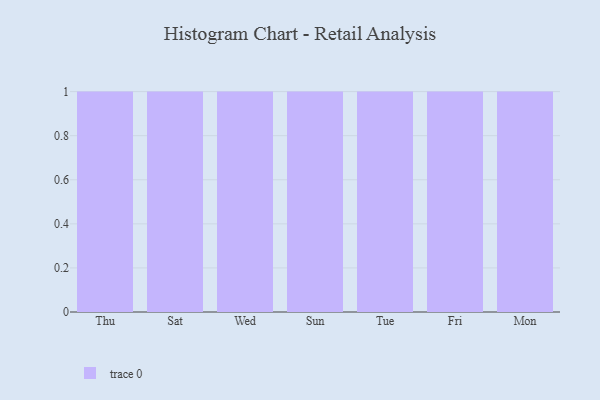
{"axis": {"x": "Day", "y": "Temperature (°C)"}, "legend": [""], "data": [{"x": "Thu", "y": 2, "type": ""}, {"x": "Sat", "y": 23, "type": ""}, {"x": "Wed", "y": 73, "type": ""}, {"x": "Sun", "y": 31, "type": ""}, {"x": "Tue", "y": 23, "type": ""}, {"x": "Fri", "y": 42, "type": ""}, {"x": "Mon", "y": 61, "type": ""}]}